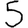
Digit: 5